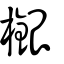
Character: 檭